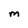
Character: M